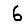
Digit: 6